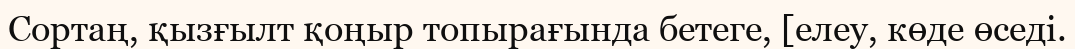
Сортаң, қызғылт қоңыр топырағында бетеге, [елеу, көде өседі.